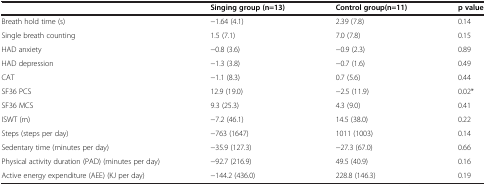
|  | Singing group (n=13) | Control group (n=11) | p value |
 | --- | --- | --- | --- |
 | Breath hold time (s) | −1.64 (4.1) | 2.39 (7.8) | 0.14 |
 | Single breath counting | 1.5 (7.1) | 7.0 (7.8) | 0.15 |
 | HAD anxiety | −0.8 (3.6) | −0.9 (2.3) | 0.89 |
 | HAD depression | −1.3 (3.8) | −0.7 (1.6) | 0.49 |
 | CAT | −1.1 (8.3) | 0.7 (5.6) | 0.44 |
 | SF36 PCS | 12.9 (19.0) | −2.5 (11.9) | 0.02* |
 | SF36 MCS | 9.3 (25.3) | 4.3 (9.0) | 0.41 |
 | ISWT (m) | −7.2 (46.1) | 14.5 (38.0) | 0.22 |
 | Steps (steps per day) | −763 (1647) | 1011 (1003) | 0.14 |
 | Sedentary time (minutes per day) | −35.9 (127.3) | −27.3 (67.0) | 0.66 |
 | Physical activity duration (PAD) (minutes per day) | −92.7 (216.9) | 49.5 (40.9) | 0.16 |
 | Active energy expenditure (AEE) (KJ per day) | −144.2 (436.0) | 228.8 (146.3) | 0.19 |